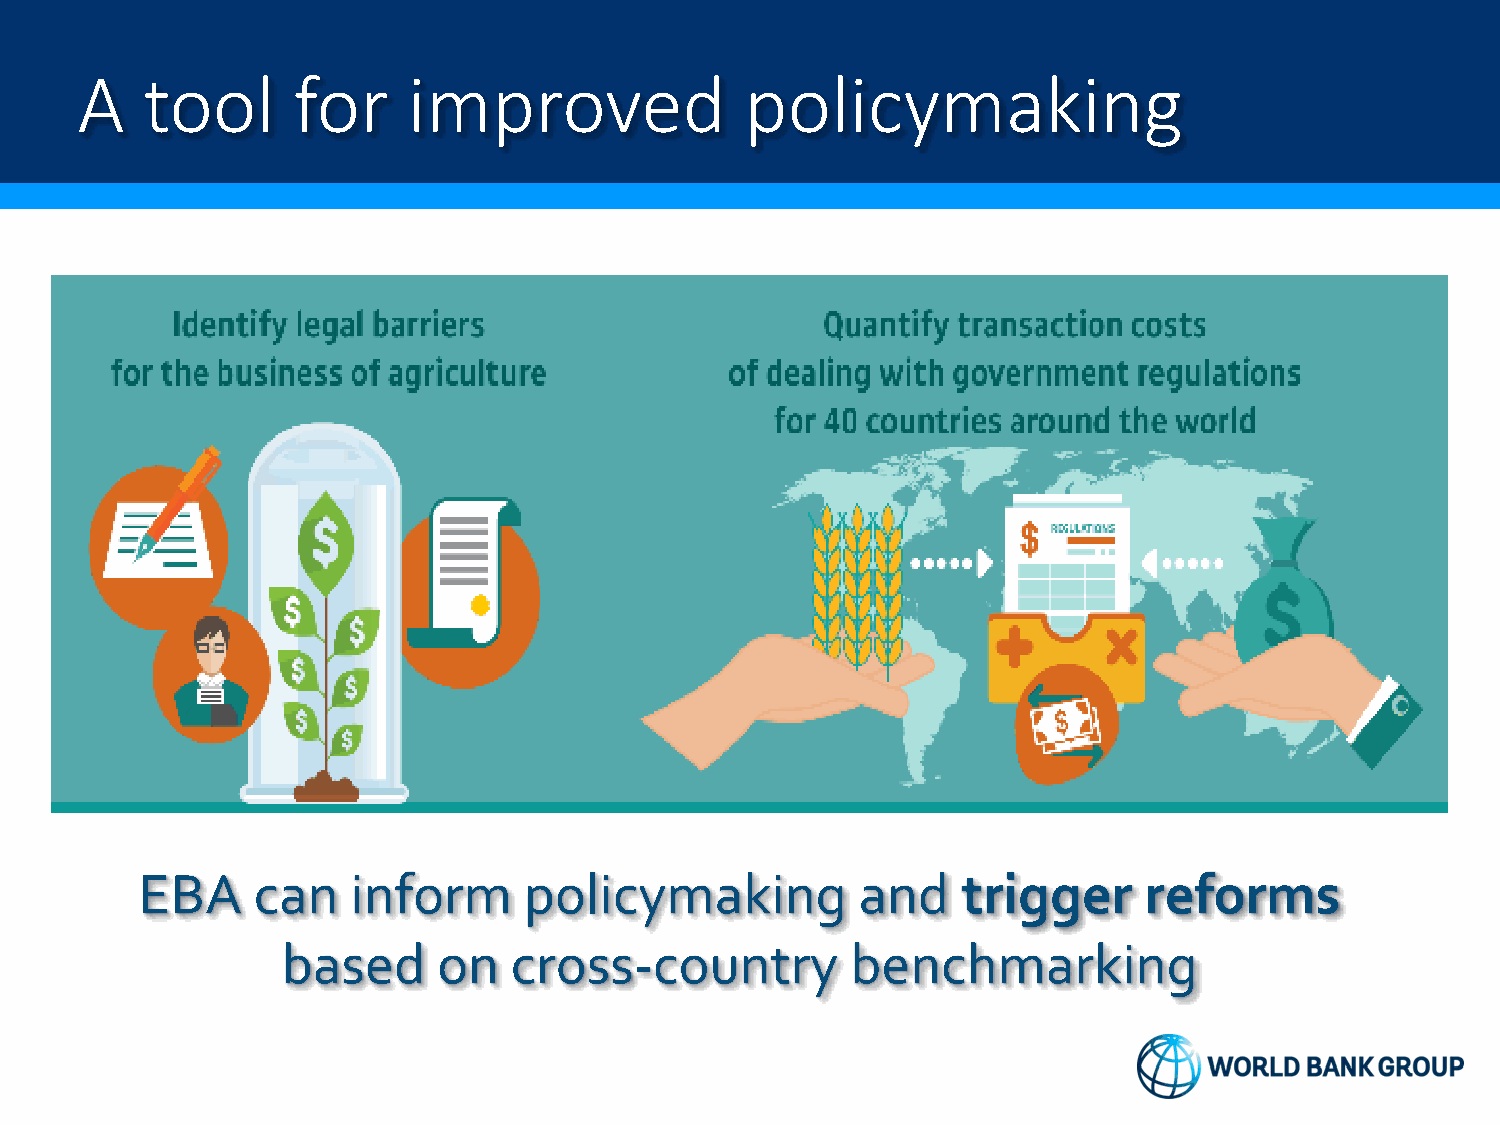
A   tool      for     improved              policymaking
 EBA     can   inform      policymaking          and    trigger     reforms
 based     on   cross-country         benchmarking
 3